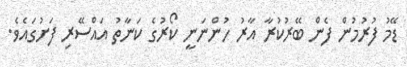
ޑޭމު ފުރުމުން ފެން ބޭރުކުރާ އާރު ހުންނަނީ ކޯރުގެ ކަނާތު އައްސޭރި ފަށުގައެވެ.